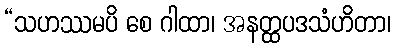
“သဟဿမပိ စေ ဂါထာ၊ အနတ္ထပဒသံဟိတာ၊